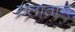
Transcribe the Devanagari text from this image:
सलातान